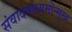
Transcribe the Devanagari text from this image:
संवादमाध्यमोन्मुख